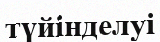
түйінделуі